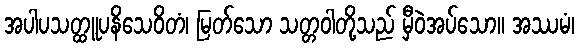
အပါပသတ္ထူပနိသေဝိတံ၊ မြတ်သော သတ္တဝါတို့သည် မှီဝဲအပ်သော။ အဿမံ၊